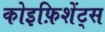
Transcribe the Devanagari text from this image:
कोइफ़िशेंट्स